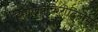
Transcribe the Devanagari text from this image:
हिमालयकिरीटिनीम्